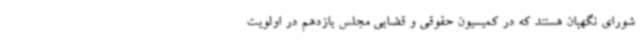
شورای نگهبان هستند که در کمیسیون حقوقی و قضایی مجلس یازدهم در اولویت